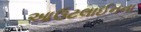
આઉટલાઈનના